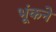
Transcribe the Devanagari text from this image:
भूंकने